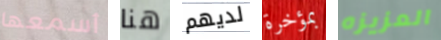
أسمعها هنا لديهم بمؤخرة العزيزه